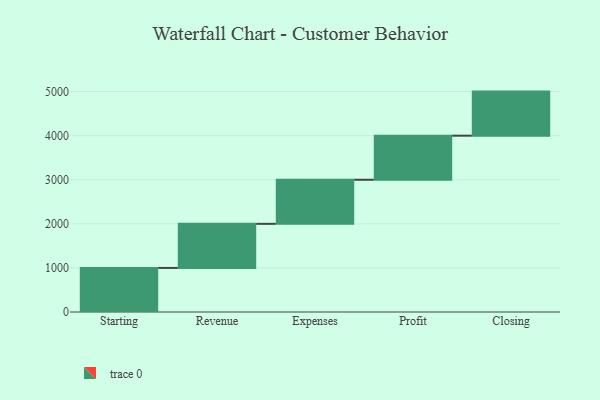
{"axis": {"x": "Step", "y": "Value"}, "legend": [""], "data": [{"x": "Starting", "y": 1000, "type": ""}, {"x": "Revenue", "y": 1000, "type": ""}, {"x": "Expenses", "y": 1000, "type": ""}, {"x": "Profit", "y": 1000, "type": ""}, {"x": "Closing", "y": 1000, "type": ""}]}